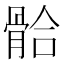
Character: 𩩂